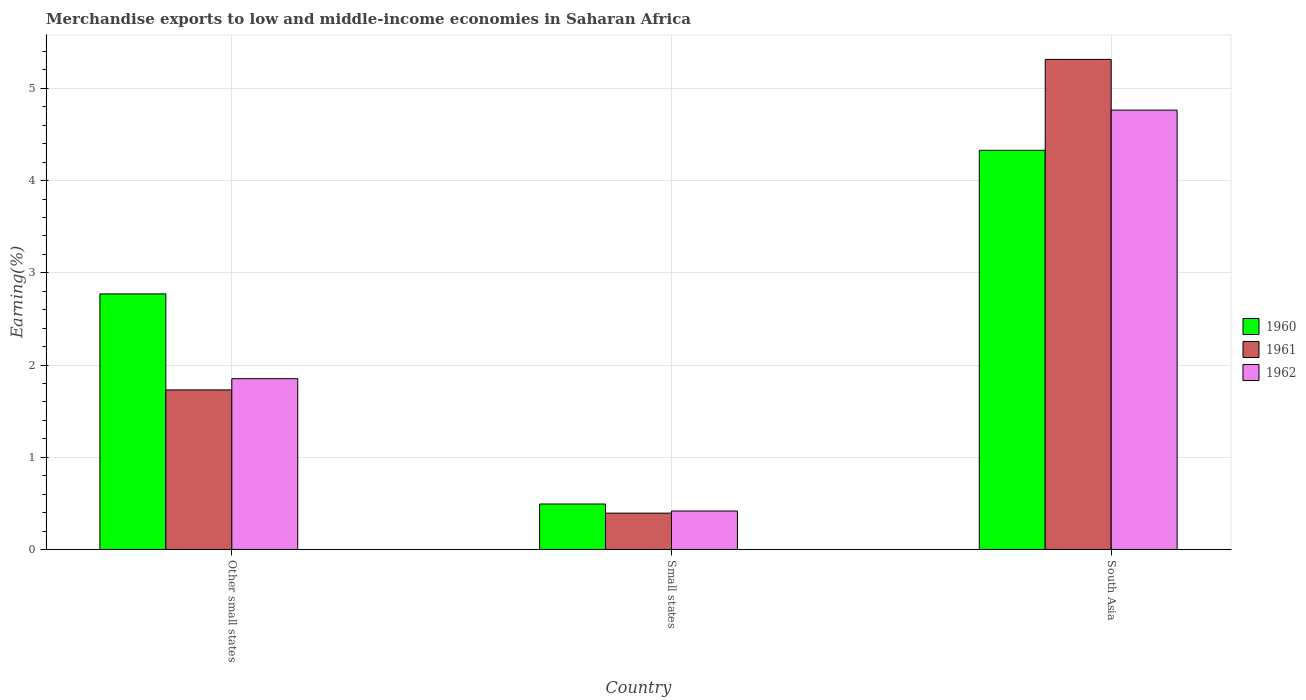
| Country | 1960 | 1961 | 1962 |
 | --- | --- | --- | --- |
 | Other small states | 2.77 | 1.73 | 1.85 |
 | Small states | 0.493 | 0.394 | 0.417 |
 | South Asia | 4.33 | 5.31 | 4.76 |